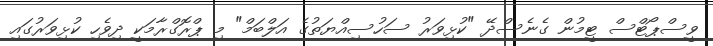
ވީސްޕޯޓްސް ޓީމުން ގެނެސްދޭ "ކުޅިވަރު ސަހުސިއްޔަތުގެ އަލްބަމް" މި ޕްރޮގްރާމަކީ ދިވެހި ކުޅިވަރުގައި